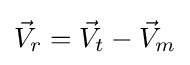
{\vec {V}}_{r}={\vec {V}}_{t}-{\vec {V}}_{m}